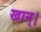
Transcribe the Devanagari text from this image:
खान्।